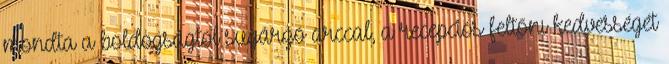
mondta a boldogságtól sugárzó arccal, a recepciós feltőnı kedvességét